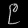
Digit: ၉